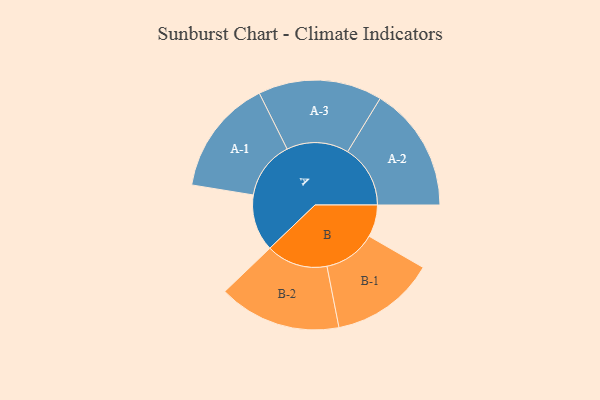
{"axis": {"x": "Segment", "y": "Value"}, "legend": ["", "A", "B"], "data": [{"x": "A", "y": 258, "type": ""}, {"x": "B", "y": 146, "type": ""}, {"x": "A-1", "y": 264, "type": "A"}, {"x": "A-2", "y": 285, "type": "A"}, {"x": "A-3", "y": 282, "type": "A"}, {"x": "B-1", "y": 238, "type": "B"}, {"x": "B-2", "y": 279, "type": "B"}]}